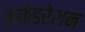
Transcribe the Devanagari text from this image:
कंफेडरेशन